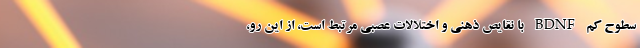
سطوح کم BDNF با نقایص ذهنی و اختلالات عصبی مرتبط است، از این رو،